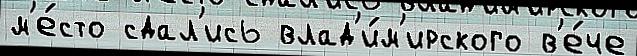
м'е́сто сдал'ись влад'и́м'ирского в'е́че